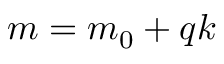
m = m _ { 0 } + q k